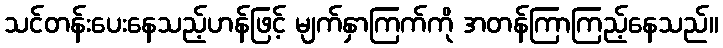
သင်တန်းပေးနေသည့်ဟန်ဖြင့် မျက်နှာကြက်ကို အတန်ကြာကြည့်နေသည်။